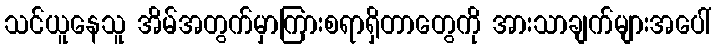
သင်ယူနေသူ အိမ်အတွက်မှာကြားစရာရှိတာတွေကို အားသာချက်များအပေါ်